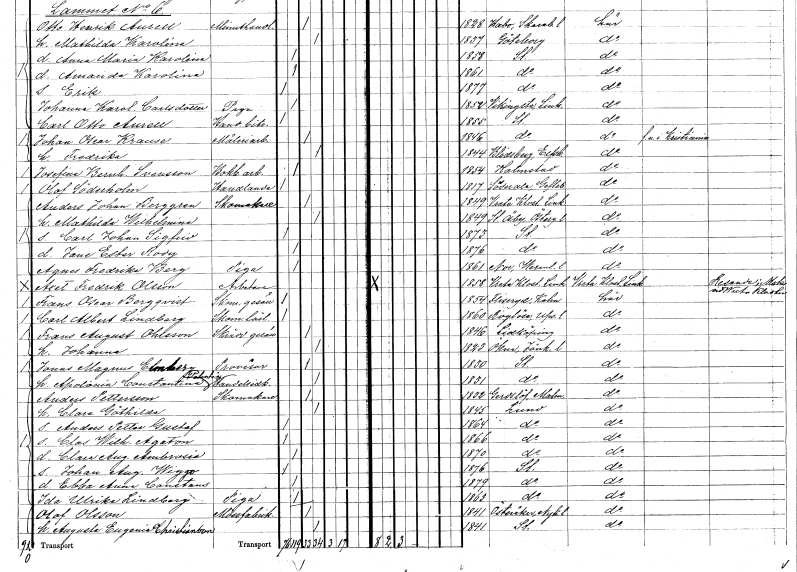
gt_parse: households: individuals: FN: Anders Johan
EN: Berggren
YRKE: Skomakare
KON: M
CIV: G
FODAR: 1849
FODFORS: Vreta kloster Östergötlands län
FN: Mathilda Wilhelmina
KON: K
CIV: G
FODAR: 1849
FODFORS: Stora Åby Östergötlands län
FN: Carl Johan Sigfrid
KON: M
CIV: O
FODAR: 1873
FODFORS: Stockholm
FN: Jane Ester Rody
KON: K
CIV: O
FODAR: 1876
FODFORS: Stockholm
FN: Agnes Fredrika
EN: Berg
YRKE: Piga
KON: K
CIV: O
FODAR: 1861
FODFORS: Nor Värmlands län
FN: Axel Fredrik
EN: Olsson
YRKE: Arbetare
KON: M
CIV: O
FODAR: 1858
FODFORS: Vreta kloster Östergötlands län
FN: Frans Oscar
EN: Bergqvist
YRKE: Skomakaregesäll
KON: M
CIV: O
FODAR: 1854
FODFORS: Fliseryd Kalmar län
FN: Carl Albert
EN: Lindberg
YRKE: Skomakarelärling
KON: M
CIV: O
FODAR: 1860
FODFORS: Boglösa Uppsala län
FN: Frans August
EN: Ohlsson
YRKE: Skräddaregesäll
KON: M
CIV: G
FODAR: 1846
FODFORS: Lidköping Skaraborgs län
FN: Johanna
KON: K
CIV: G
FODAR: 1823
FODFORS: Ökna Jönköpings län
FN: Jonas Magnus
EN: Elmberg
YRKE: Provisor
KON: M
CIV: G
FODAR: 1830
FODFORS: Stockholm
FN: Apolionia Constantina Potentia
YRKE: Handelsidkare
KON: K
CIV: G
FODAR: 1831
FODFORS: Stockholm
FN: Anders
EN: Pettersson
YRKE: Skomakare
KON: M
CIV: G
FODAR: 1832
FODFORS: Gärdslöv Malmöhus län
FN: Clara Göthilda
KON: K
CIV: G
FODAR: 1845
FODFORS: Lund Malmöhus län
FN: Anders Petter Gustaf
KON: M
CIV: O
FODAR: 1864
FODFORS: Lund Malmöhus län
FN: Clas Wilhelm Agaton
KON: M
CIV: O
FODAR: 1866
FODFORS: Lund Malmöhus län
FN: Clara Augusta Ambrosia
KON: K
CIV: O
FODAR: 1870
FODFORS: Lund Malmöhus län
FN: Johan August Wiggo
KON: M
CIV: O
FODAR: 1876
FODFORS: Stockholm
FN: Ebba Anna Constans
KON: K
CIV: O
FODAR: 1879
FODFORS: Stockholm
FN: Ida Ulrika
EN: Lindberg
YRKE: Piga
KON: K
CIV: O
FODAR: 1863
FODFORS: Stockholm
FN: Olof
EN: Olsson
YRKE: Mössfabrikör
KON: M
CIV: G
FODAR: 1841
FODFORS: Österåker Södermanlands län
FN: Augusta Eugenia
EN: Christianson
KON: K
CIV: G
FODAR: 1841
FODFORS: Stockholm